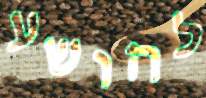
להושע